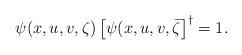
LaTeX: \begin{align*}\psi(x,u,v,\zeta)\left[\psi(x,u,v,\bar{\zeta}\right]^{\dag}=1.\end{align*}